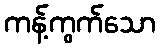
ကန့်ကွက်သော